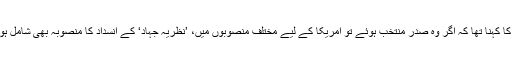
ان کا کہنا تھا کہ اگر وہ صدر منتخب ہوئے تو امریکا کے لیے مختلف منصوبوں میں، ’نظریہ جہاد‘ کے انسداد کا منصوبہ بھی شامل ہوگا۔